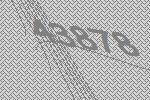
43878